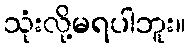
သုံးလို့မရပါဘူး။